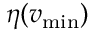
\eta ( v _ { \mathrm { m i n } } )